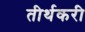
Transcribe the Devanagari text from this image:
तीर्थकरी